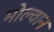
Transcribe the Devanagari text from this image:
मोल्वान